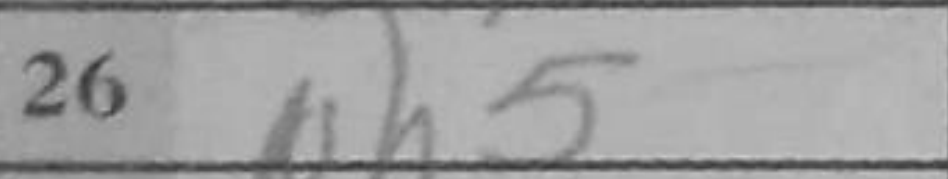
Transcription: Nh5